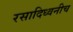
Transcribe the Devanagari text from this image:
रसादिध्वनीच